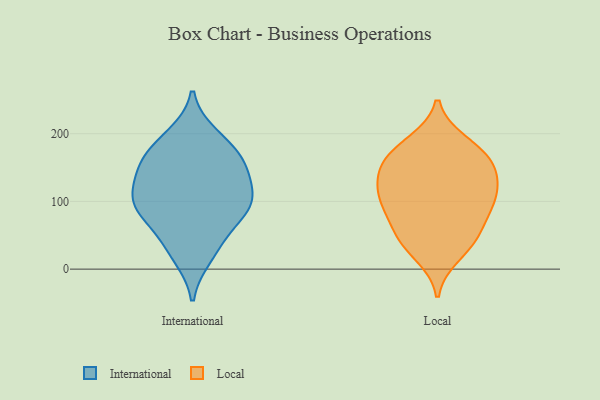
{"axis": {"x": "Net Income (USD K)", "y": "Value"}, "legend": ["International", "Local"], "data": [{"x": "", "y": 107, "type": "International"}, {"x": "", "y": 96, "type": "International"}, {"x": "", "y": 125, "type": "International"}, {"x": "", "y": 93, "type": "International"}, {"x": "", "y": 70, "type": "International"}, {"x": "", "y": 93, "type": "International"}, {"x": "", "y": 18, "type": "International"}, {"x": "", "y": 155, "type": "International"}, {"x": "", "y": 198, "type": "International"}, {"x": "", "y": 150, "type": "International"}, {"x": "", "y": 157, "type": "International"}, {"x": "", "y": 39, "type": "International"}, {"x": "", "y": 182, "type": "International"}, {"x": "", "y": 78, "type": "Local"}, {"x": "", "y": 135, "type": "Local"}, {"x": "", "y": 143, "type": "Local"}, {"x": "", "y": 111, "type": "Local"}, {"x": "", "y": 182, "type": "Local"}, {"x": "", "y": 41, "type": "Local"}, {"x": "", "y": 105, "type": "Local"}, {"x": "", "y": 21, "type": "Local"}, {"x": "", "y": 157, "type": "Local"}, {"x": "", "y": 49, "type": "Local"}, {"x": "", "y": 86, "type": "Local"}, {"x": "", "y": 101, "type": "Local"}, {"x": "", "y": 46, "type": "Local"}, {"x": "", "y": 164, "type": "Local"}, {"x": "", "y": 158, "type": "Local"}, {"x": "", "y": 187, "type": "Local"}, {"x": "", "y": 115, "type": "Local"}]}